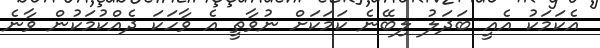
އެކަމަކު އެއީ ބަދަލު ލިބޭނެ ކަމަކަށް ނުވާތީ އެ ވާހަކަ ދެއްކުމަކުން ވާނެ